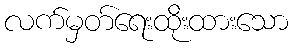
လက်မှတ်ရေးထိုးထားသော